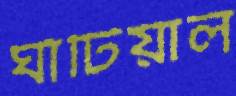
ঘাঁটিয়াল